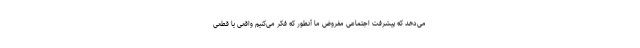
می‌دهد که پیشرفت اجتماعی مفروض ما آنطور که فکر می‌کنیم واقعی یا قطعی